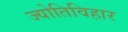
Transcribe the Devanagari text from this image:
ज्योतिविहार